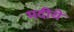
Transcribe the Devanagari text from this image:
मदीयें